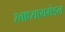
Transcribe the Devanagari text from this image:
स्वाध्यायमंडल